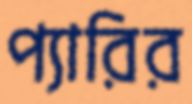
প্যারির